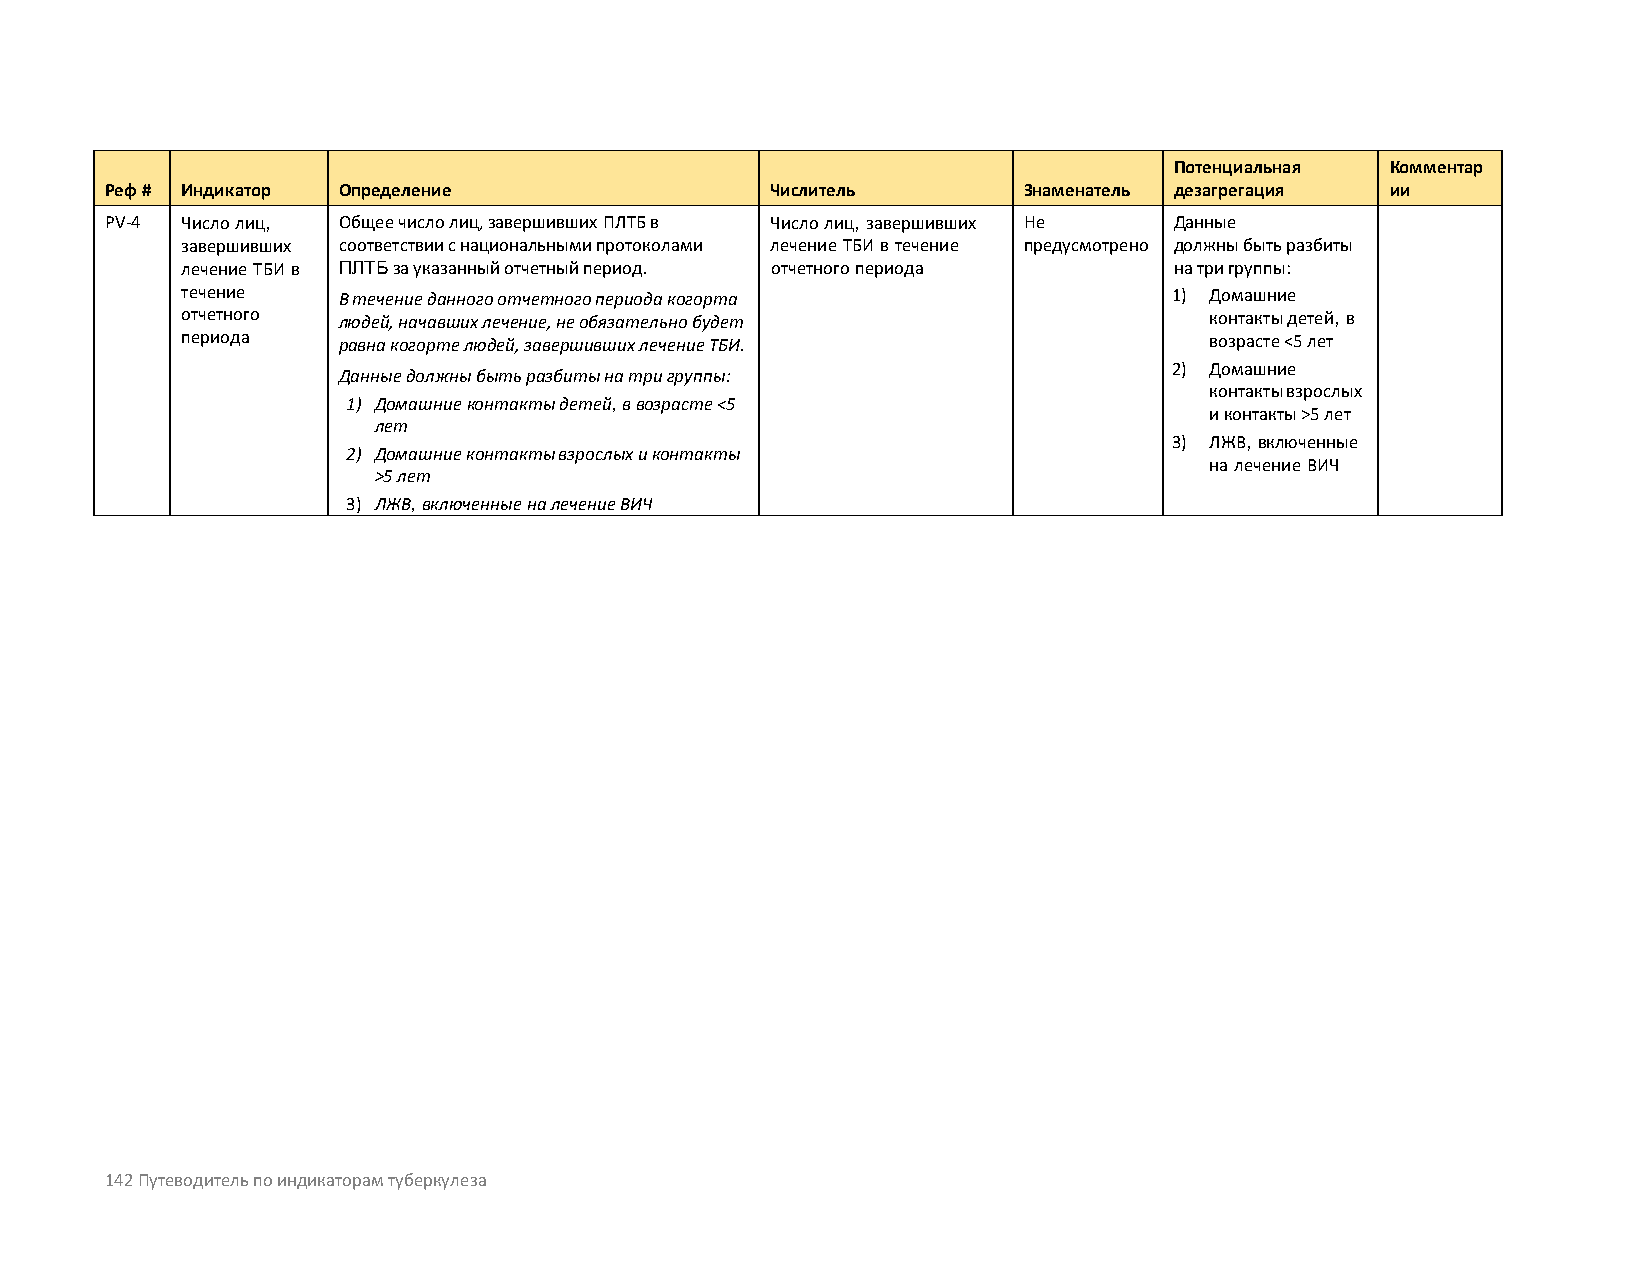
Потенциальная Комментар
 Реф # Индикатор Определение                 Числитель        Знаменатель дезагрегация ии
 PV-4 Число лиц, Общее число лиц, завершивших ПЛТБ в Число лиц, завершивших Не Данные
 завершивших соответствии с национальными протоколами лечение ТБИ в течение предусмотрено должны быть разбиты
 лечение ТБИ в ПЛТБ за указанный отчетный период. отчетного периода на три группы:
 течение   В течение данного отчетного периода когорта             1) Домашние
 отчетного людей, начавших лечение, не обязательно будет             контакты детей, в
 периода   равна когорте людей, завершивших лечение ТБИ.             возрасте <5 лет
 2) Домашние
 Данные должны быть разбиты на три группы:
 контакты взрослых
 1) Домашние контакты детей, в возрасте <5
 и контакты >5 лет
 лет
 3) ЛЖВ, включенные
 2) Домашние контакты взрослых и контакты
 на лечение ВИЧ
 >5 лет
 3) ЛЖВ, включенные на лечение ВИЧ
 142 Путеводитель по индикаторам туберкулеза